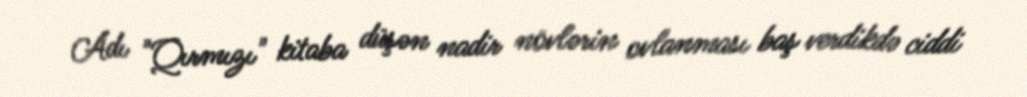
Adı "Qırmızı" kitaba düşən nadir növlərin ovlanması baş verdikdə ciddi